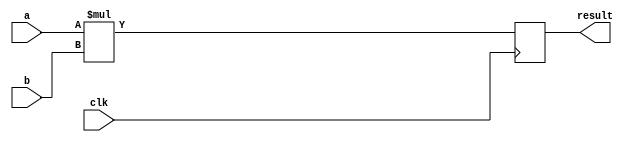
`timescale 1ns / 1ps
//////////////////////////////////////////////////////////////////////////////////
// Company: 
// Engineer: 
// 
// Design Name: 
// Module Name: fourBitMultiplier
// Project Name: 
// Target Devices: 
// Tool Versions: 
// Description: 
// 
// Dependencies: 
// 
// Revision:
// Revision 0.01 - File Created
// Additional Comments:
// 
//////////////////////////////////////////////////////////////////////////////////


module fourBitMultiplier(
    input wire a,
    input wire b,
    input wire clk,
    output wire result
    );
    reg [0:7] data;
    always @(posedge clk)begin
        data<= a*b;
    end
    assign result = data;
endmodule